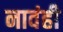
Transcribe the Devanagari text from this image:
नावंही